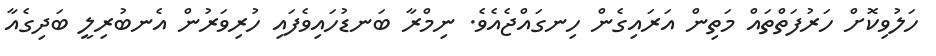
ހަލުވިކޮށް ހަރުފަތްތައް މަތިން އަރައިގެން ހިނގައްޖެއެވެ. ނިމްރާ ބަނޑުހައިވެފައި ހުރިވަރުން އެނބުރިލީ ބަދިގެއާ